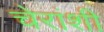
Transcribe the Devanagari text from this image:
चेरांशी